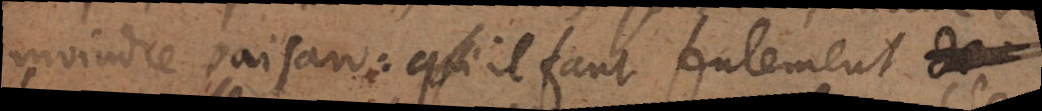
moindre paisan: qu’il faut seulement des